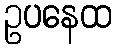
ဥပနေထ